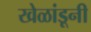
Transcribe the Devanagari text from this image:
खेळांडूनी